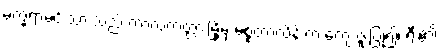
မက္ခရာမင်းသားသည် ကာလကတ္တားမြို့မှ မစ္စတာလိန်းက ကျေးဇူးပြု၍၊ ရီး၏